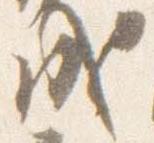
成